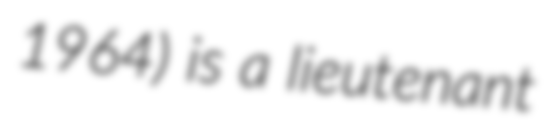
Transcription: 1964) is a lieutenant